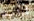
أرايت